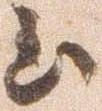
至